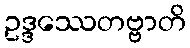
ဥဒ္ဒဿေတဗ္ဗာတိ